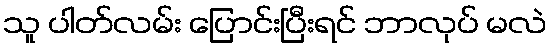
သူ ပါတ်လမ်း ပြောင်းပြီးရင် ဘာလုပ် မလဲ